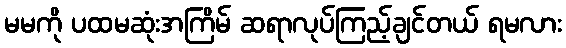
မမကို ပထမဆုံးအကြိမ် ဆရာလုပ်ကြည့်ချင်တယ် ရမလား